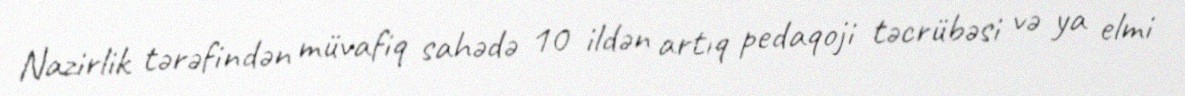
Nazirlik tərəfindən müvafiq sahədə 10 ildən artıq pedaqoji təcrübəsi və ya elmi